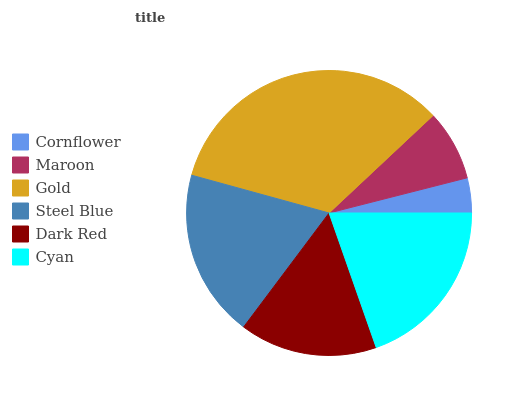
| Cornflower | Maroon | Gold | Steel Blue | Dark Red | Cyan |
 | --- | --- | --- | --- | --- | --- |
 | 3.96% | 8.02% | 33.7% | 19.1% | 15.6% | 19.6% |